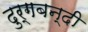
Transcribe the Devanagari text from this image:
दुर्गबन्दी